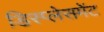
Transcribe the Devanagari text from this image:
डिस्प्लेसमेंट